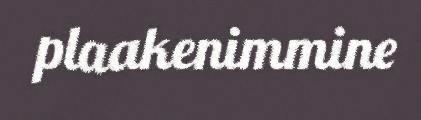
plaakenimmine